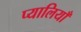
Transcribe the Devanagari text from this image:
प्यालियाँ